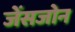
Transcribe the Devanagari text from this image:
जेंसजोन